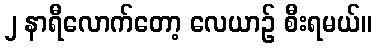
၂ နာရီလောက်တော့ လေယာဉ် စီးရမယ်။